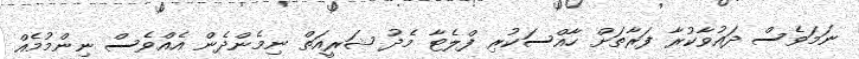
ނަމަވެސް ދައުވާކުރާ ފަރާތަށް ހާއްސަކުރި ފްލެޓާ މެދު ޝަރީއަތް ނިމެންދެން އެއްވެސް ނިންމުމެއް